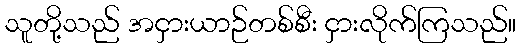
သူတို့သည် အငှားယာဉ်တစ်စီး ငှားလိုက်ကြသည်။